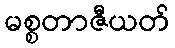
မစ္စတာဇီယတ်